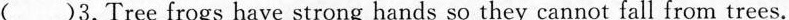
()3.Tree frogs have strong hands so they cannot fall from trees.